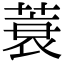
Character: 蓑